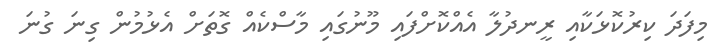
މިފަދަ ކިރުކޮޅަކާއި ރީނދުލާ އެއްކޮށްފައި މޫނުގައި މާސްކެއް ގޮތަށް އެޅުމުން ގިނަ ގުނަ